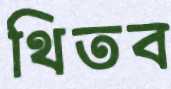
থিতব